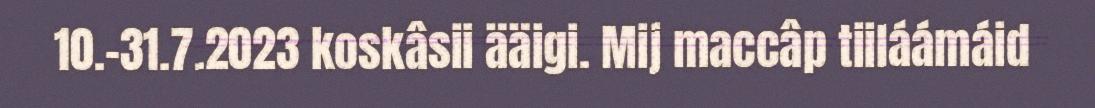
10.-31.7.2023 koskâsii ääigi. Mij maccâp tiiláámáid